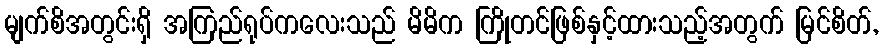
မျက်စိအတွင်းရှိ အကြည်ရုပ်ကလေးသည် မိမိက ကြိုတင်ဖြစ်နှင့်ထားသည့်အတွက် မြင်စိတ်,